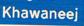
khawaneej